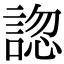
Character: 𧩓